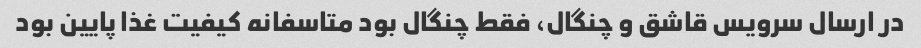
در ارسال سرویس قاشق و چنگال، فقط چنگال بود متاسفانه کیفیت غذا پایین بود